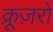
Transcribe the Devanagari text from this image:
क्रूज़रों